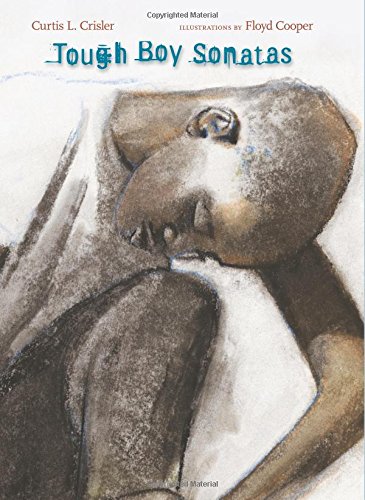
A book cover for Tough Boy Sonatas; Curtis Crisler; Teen & Young Adult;